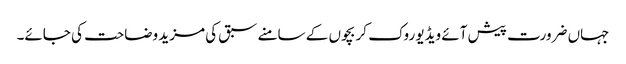
جہاں ضرورت پیش آئے ویڈیو روک کر بچوں کے سامنے سبق کی مزید وضاحت کی جائے۔